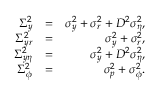
\begin{array} { r l r } { \Sigma _ { y } ^ { 2 } } & { = } & { \sigma _ { y } ^ { 2 } + \sigma _ { r } ^ { 2 } + D ^ { 2 } \sigma _ { \eta } ^ { 2 } , } \\ { \Sigma _ { y r } ^ { 2 } } & { = } & { \sigma _ { y } ^ { 2 } + \sigma _ { r } ^ { 2 } , } \\ { \Sigma _ { y \eta } ^ { 2 } } & { = } & { \sigma _ { y } ^ { 2 } + D ^ { 2 } \sigma _ { \eta } ^ { 2 } , } \\ { \Sigma _ { \phi } ^ { 2 } } & { = } & { \sigma _ { p } ^ { 2 } + \sigma _ { \phi } ^ { 2 } . } \end{array}